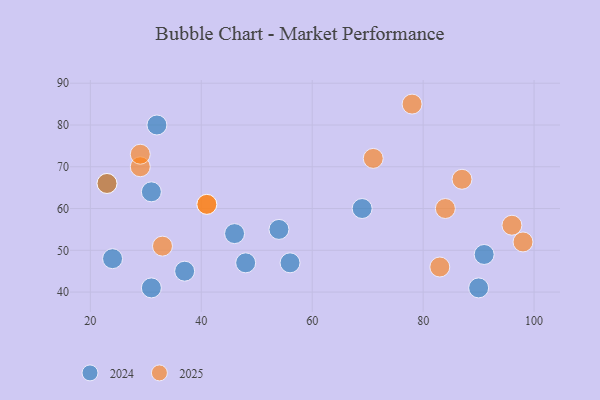
{"axis": {"x": "GDP", "y": "Life Expectancy"}, "legend": ["2024", "2025"], "data": [{"x": "84", "y": 60, "type": "2025"}, {"x": "96", "y": 56, "type": "2025"}, {"x": "29", "y": 70, "type": "2025"}, {"x": "33", "y": 51, "type": "2025"}, {"x": "23", "y": 66, "type": "2025"}, {"x": "41", "y": 61, "type": "2025"}, {"x": "71", "y": 72, "type": "2025"}, {"x": "98", "y": 52, "type": "2025"}, {"x": "87", "y": 67, "type": "2025"}, {"x": "29", "y": 73, "type": "2025"}, {"x": "41", "y": 61, "type": "2025"}, {"x": "83", "y": 46, "type": "2025"}, {"x": "78", "y": 85, "type": "2025"}, {"x": "23", "y": 66, "type": "2024"}, {"x": "46", "y": 54, "type": "2024"}, {"x": "91", "y": 49, "type": "2024"}, {"x": "69", "y": 60, "type": "2024"}, {"x": "54", "y": 55, "type": "2024"}, {"x": "32", "y": 80, "type": "2024"}, {"x": "31", "y": 41, "type": "2024"}, {"x": "90", "y": 41, "type": "2024"}, {"x": "37", "y": 45, "type": "2024"}, {"x": "31", "y": 64, "type": "2024"}, {"x": "48", "y": 47, "type": "2024"}, {"x": "56", "y": 47, "type": "2024"}, {"x": "24", "y": 48, "type": "2024"}]}